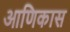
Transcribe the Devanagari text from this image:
आणिकास